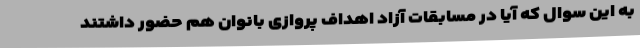
به این سوال که آیا در مسابقات آزاد اهداف پروازی بانوان هم حضور داشتند